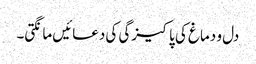
دل و دماغ کی پاکیزگی کی دعائیں مانگتی۔